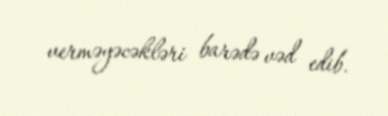
verməyəcəkləri barədə vəd edib.